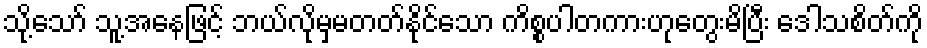
သို့သော် သူ့အနေဖြင့် ဘယ်လိုမှမတတ်နိုင်သော ကိစ္စပါတကားဟုတွေးမိပြီး ဒေါသစိတ်ကို